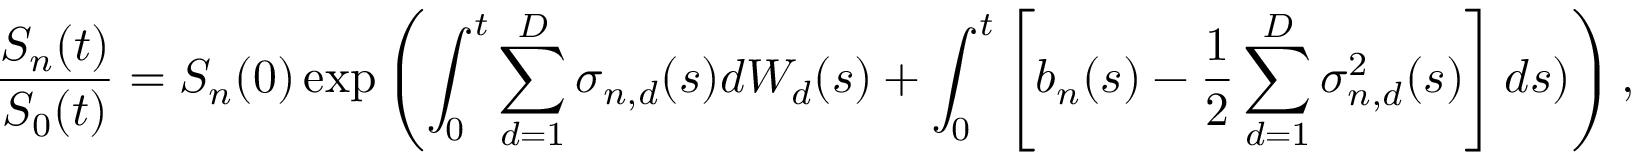
{ \frac { S _ { n } ( t ) } { S _ { 0 } ( t ) } } = S _ { n } ( 0 ) \exp \left( \int _ { 0 } ^ { t } \sum _ { d = 1 } ^ { D } \sigma _ { n , d } ( s ) d W _ { d } ( s ) + \int _ { 0 } ^ { t } \left[ b _ { n } ( s ) - { \frac { 1 } { 2 } } \sum _ { d = 1 } ^ { D } \sigma _ { n , d } ^ { 2 } ( s ) \right] d s ) \right) , \quad \forall 0 \leq t \leq T , \quad n = 1 \ldots N .